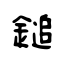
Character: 鎚